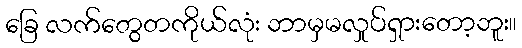
ခြေ လက်တွေတကိုယ်လုံး ဘာမှမလှုပ်ရှားတော့ဘူး။